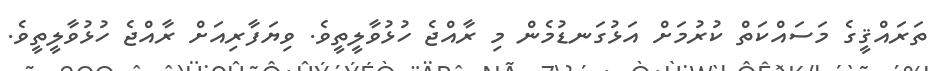
ތަރައްޤީގެ މަސައްކަތް ކުރުމަށް އަޅުގަނޑުމެން މި ރާއްޖެ ހުޅުވާލީތީވެ. ވިޔަފާރިއަށް ރާއްޖެ ހުޅުވާލީތީވެ.